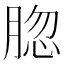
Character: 𦜩